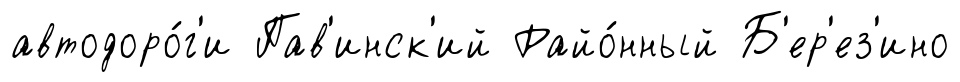
автодоро́г'и Пав'инск'ий Райо́нный Б'ер'ез'ино